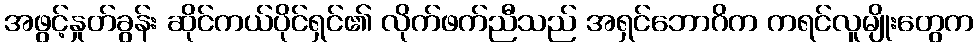
အဖွင့်နှုတ်ခွန်း ဆိုင်ကယ်ပိုင်ရှင်၏ လိုက်ဖက်ညီသည် အရှင်ဘောဂိက ကရင်လူမျိုးတွေက